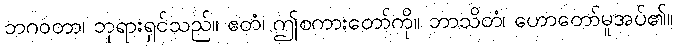
ဘဂဝတာ၊ ဘုရားရှင်သည်။ ဧတံ၊ ဤစကားတော်ကို။ ဘာသိတံ၊ ဟောတော်မူအပ်၏။